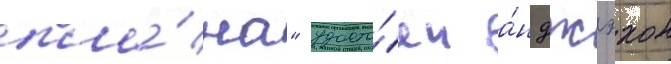
пла́на" удосто́ен а́н джэхон